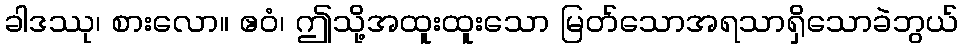
ခါဒဿု၊ စားလော။ ဧဝံ၊ ဤသို့အထူးထူးသော မြတ်သောအရသာရှိသောခဲဘွယ်